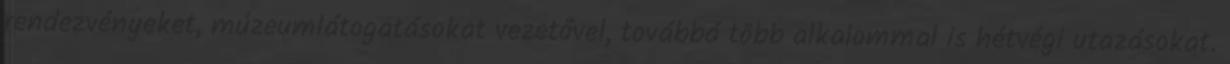
rendezvényeket, múzeumlátogatásokat vezetővel, továbbá több alkalommal is hétvégi utazásokat.